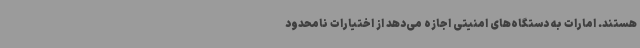
هستند. امارات به دستگاه‌های امنیتی اجازه می‌دهد از اختیارات نامحدود